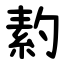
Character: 䋤